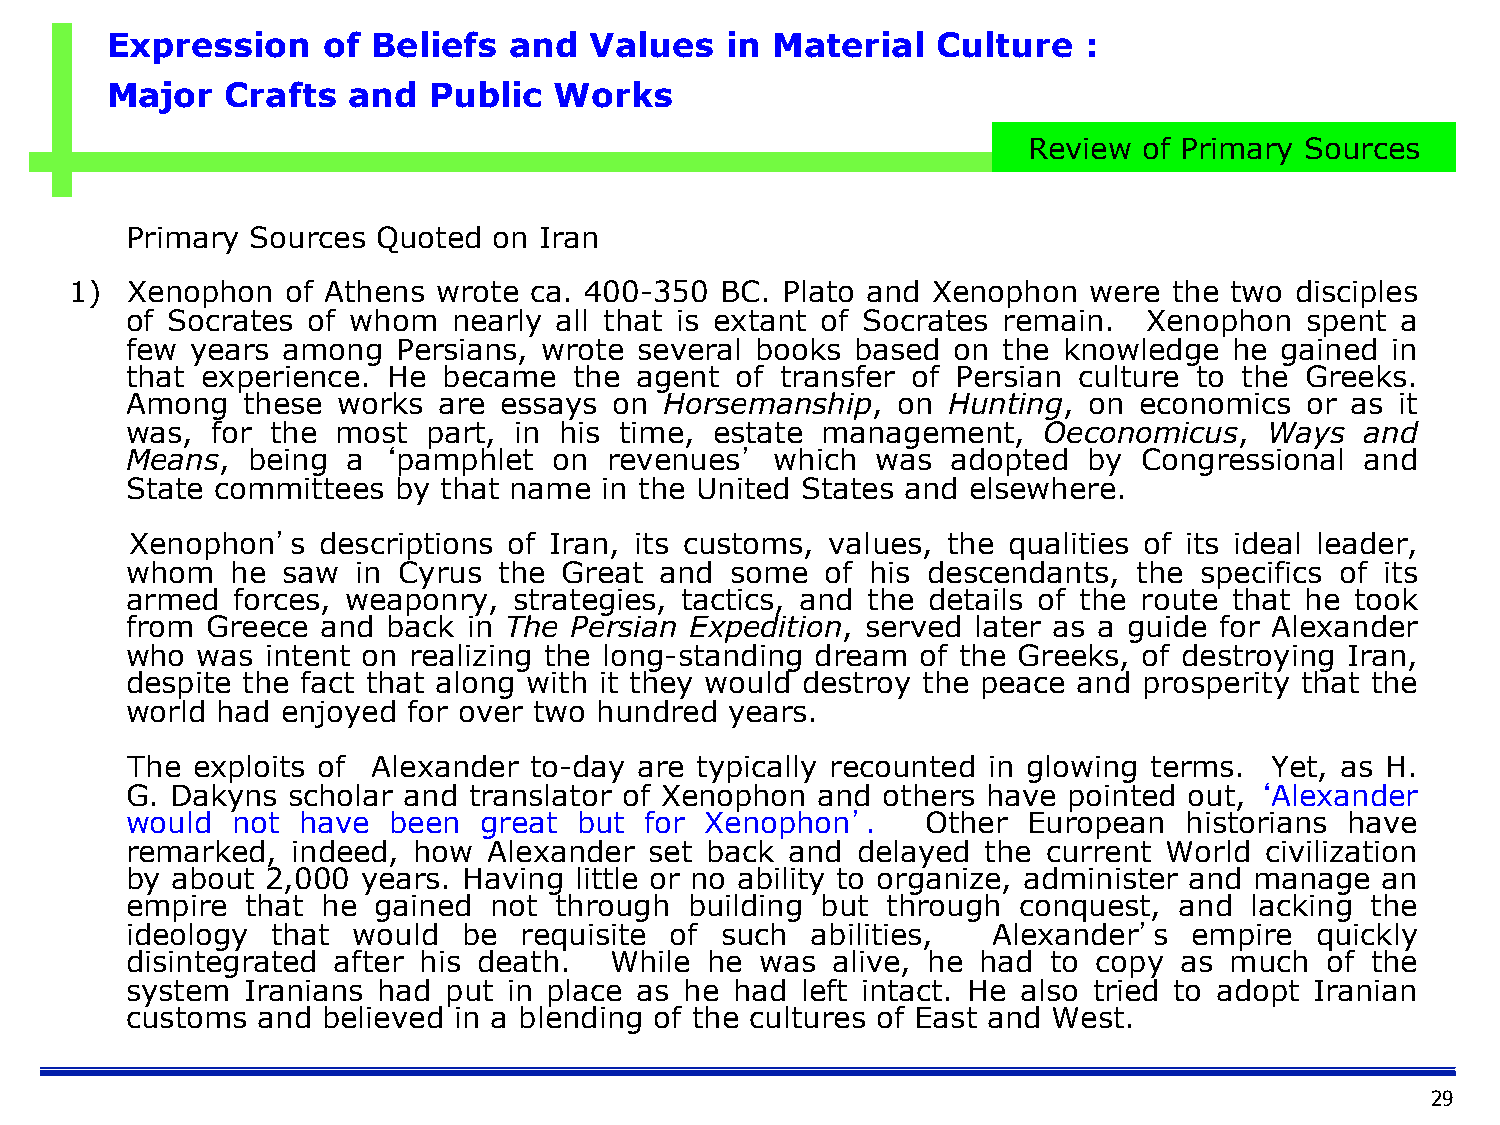
Expression    of  Beliefs  and  Values   in Material   Culture   :
 Major   Crafts  and  Public   Works
 Review  of Primary Sources
 Primary  Sources Quoted  on Iran
 1) Xenophon   of Athens wrote ca. 400-350  BC. Plato and Xenophon  were  the two disciples
 of Socrates of whom   nearly all that is extant of Socrates remain. Xenophon  spent  a
 few  years among  Persians, wrote several books  based on the knowledge   he gained in
 that experience.  He became   the agent  of transfer of Persian culture to the Greeks.
 Among   these works  are essays  on Horsemanship,  on  Hunting, on economics  or as  it
 was,  for the most  part, in his time, estate management,    Oeconomicus,   Ways  and
 Means,  being  a ‘pamphlet   on revenues’  which  was  adopted  by  Congressional and
 State committees  by that name  in the United States and elsewhere.
 Xenophon’s  descriptions of Iran, its customs, values, the qualities of its ideal leader,
 whom   he  saw  in Cyrus the Great  and some   of his descendants, the specifics of its
 armed  forces, weaponry,  strategies, tactics, and the details of the route that he took
 from  Greece and  back in The Persian Expedition, served later as a guide for Alexander
 who  was  intent on realizing the long-standing dream of the Greeks, of destroying Iran,
 despite the fact that along with it they would destroy the peace and prosperity that the
 world had  enjoyed for over two hundred years.
 The  exploits of Alexander to-day are typically recounted in glowing terms. Yet, as H.
 G. Dakyns  scholar and translator of Xenophon and others have  pointed out, ‘Alexander
 would  not  have  been  great but  for Xenophon’.    Other  European  historians have
 remarked,  indeed, how  Alexander  set back and  delayed the current World  civilization
 by about  2,000 years. Having little or no ability to organize, administer and manage an
 empire  that he  gained not  through  building but through conquest,  and  lacking the
 ideology  that would   be requisite of  such  abilities,  Alexander’s  empire  quickly
 disintegrated after his death.  While  he was  alive, he had  to copy as much   of the
 system  Iranians had put  in place as he had left intact. He also tried to adopt Iranian
 customs  and believed in a blending of the cultures of East and West.
 29